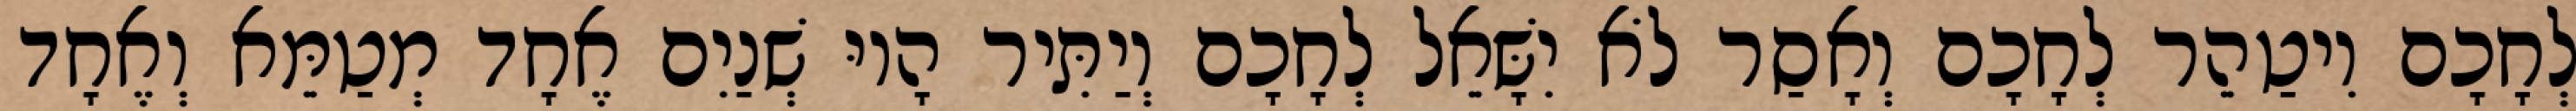
לְחָכָם וִיטַהֵר לְחָכָם וְאָסַר לֹא יִשָּׁאֵל לְחָכָם וְיַתִּיר הָיוּ שְׁנַיִם אֶחָד מְטַמֵּא וְאֶחָד